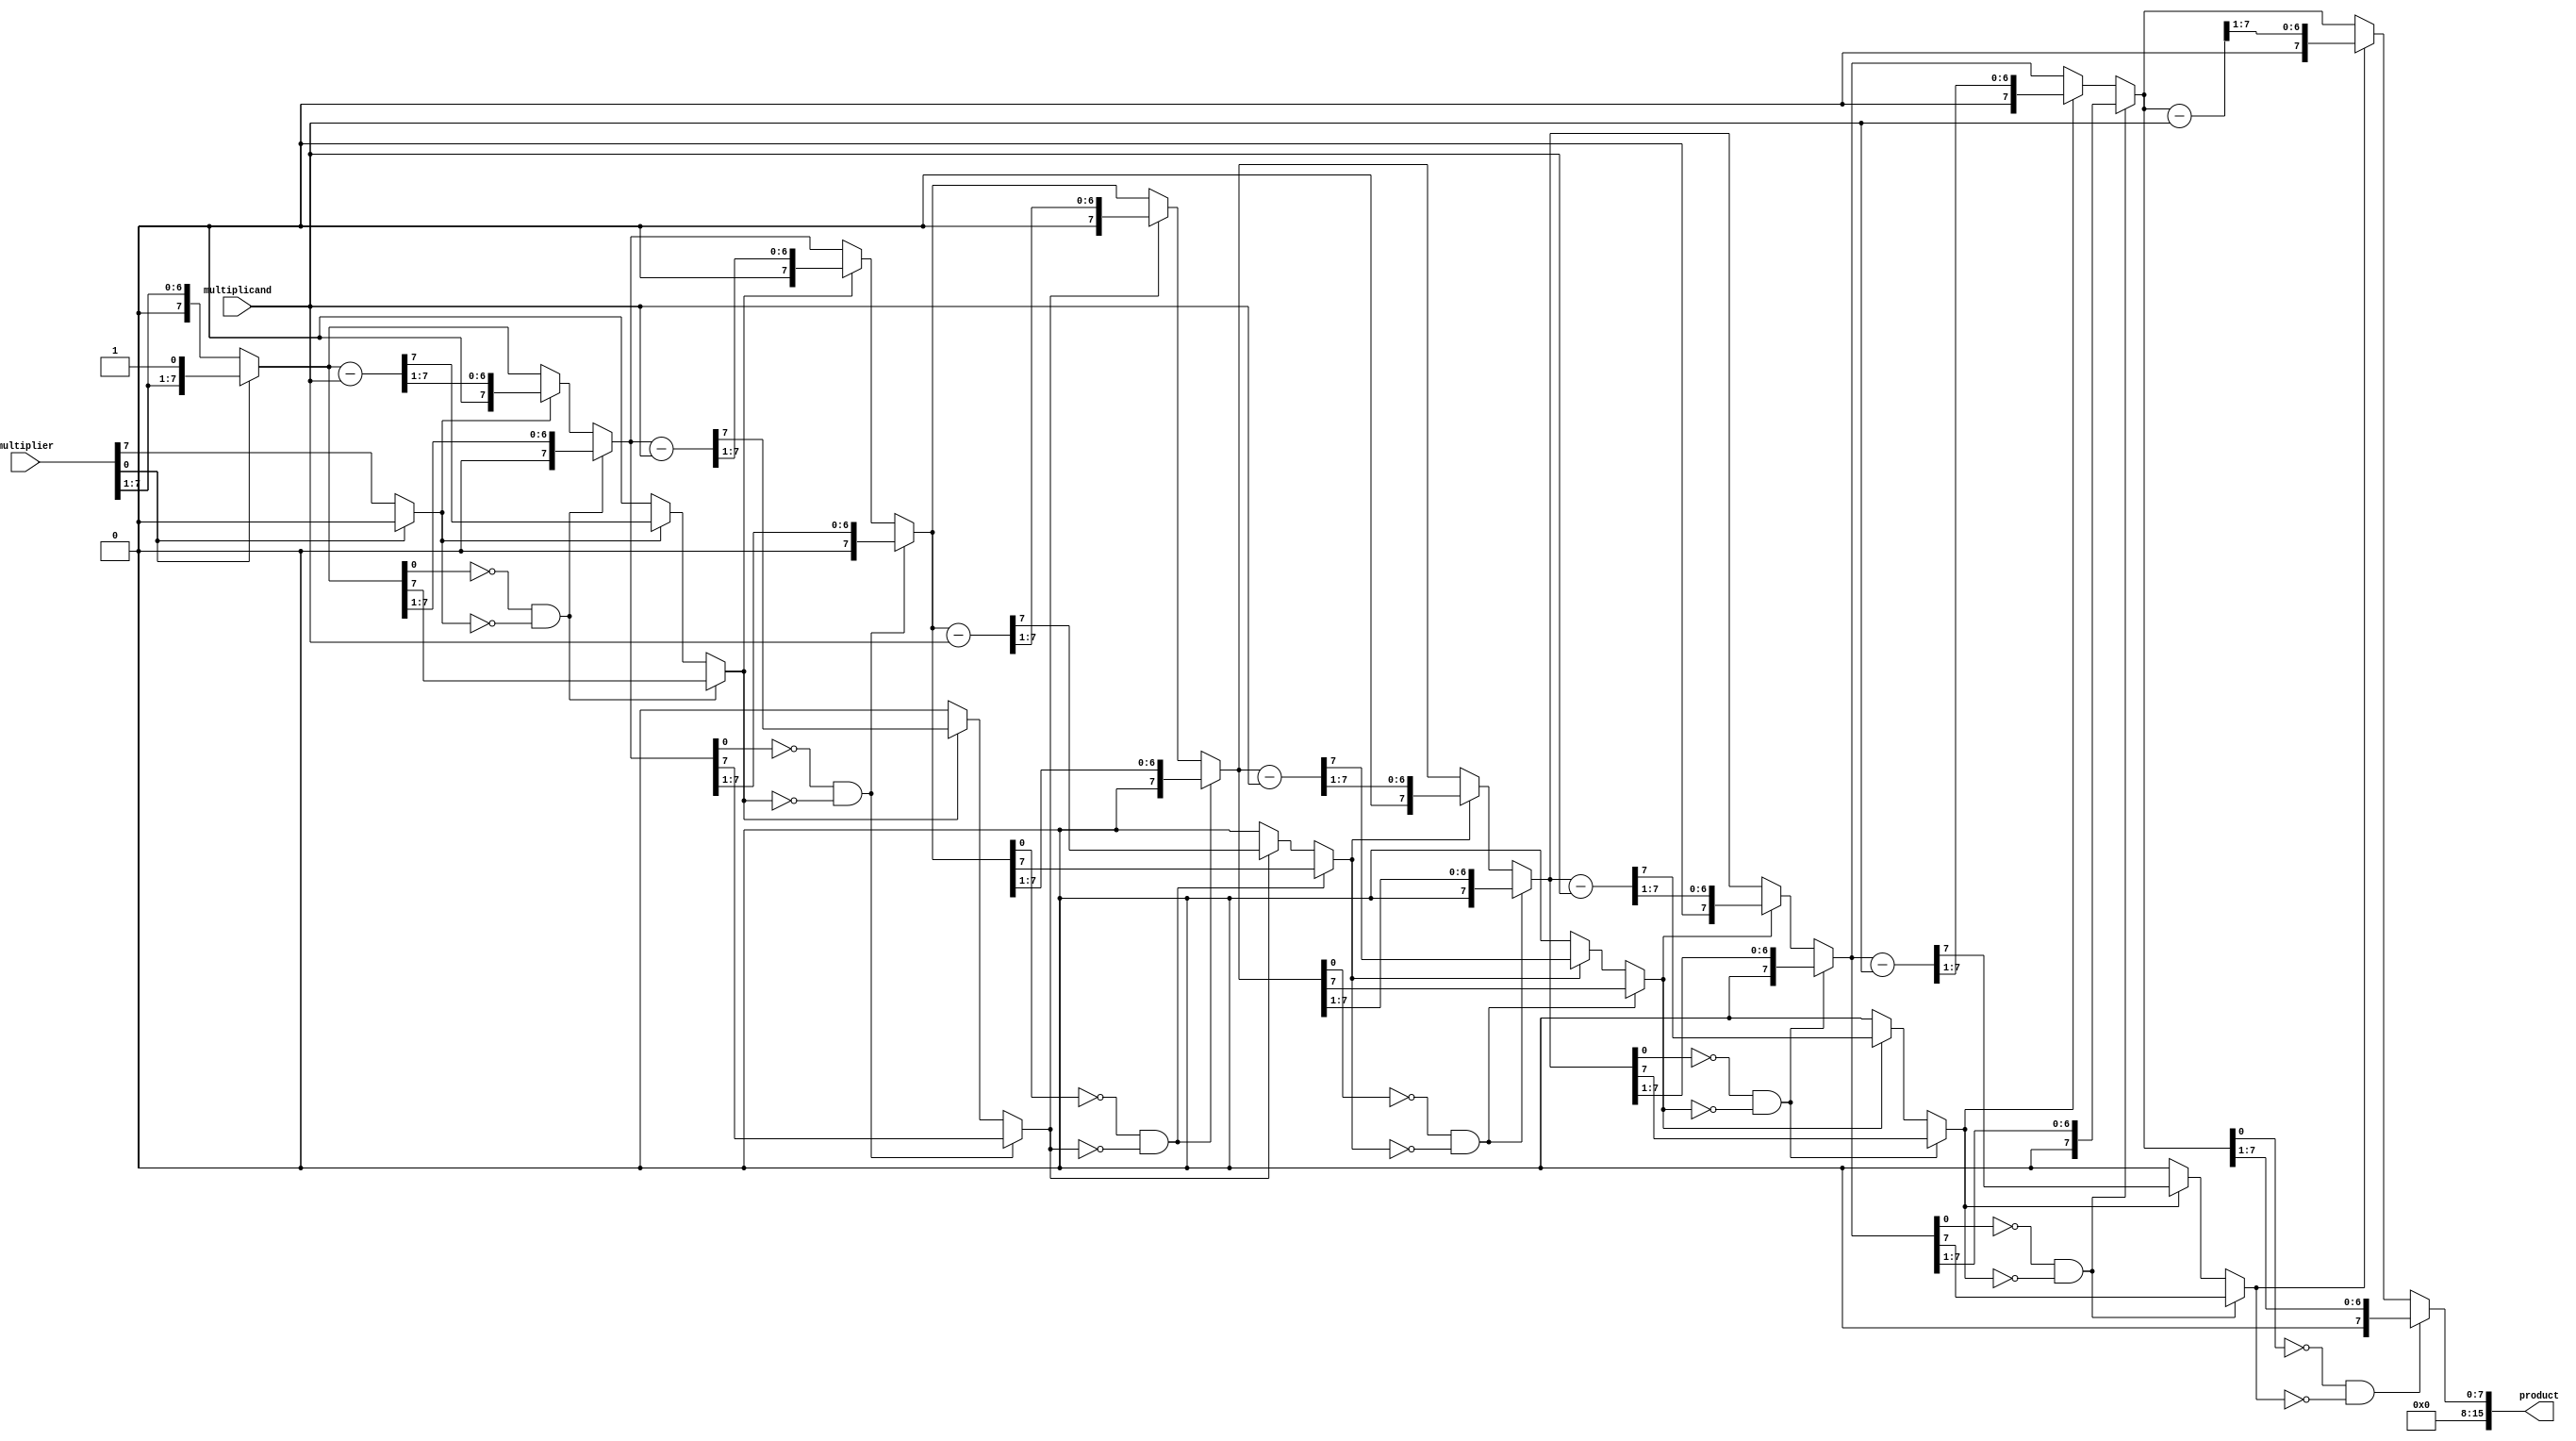
module booth_multiplier (
    input [7:0] multiplicand,
    input [7:0] multiplier,
    output reg [15:0] product
);

reg [7:0] a;
reg [7:0] m;
reg [3:0] count;
reg booth_encoder;
reg [7:0] product_reg;

always @(multiplicand, multiplier)
begin
    a = multiplicand;
    m = multiplier;
    count = 0;
    booth_encoder = 0;
    
    product_reg = 8'b0;
    
    repeat (8) begin
        if (m[0] == 0 && booth_encoder == 0)
        begin
            // Shift right
            m = m >> 1;
            booth_encoder = m[7:6];
        end
        else if (m[0] == 1 && booth_encoder == 3)
        begin
            // Shift left
            m = m << 1;
            booth_encoder = m[7:6];
        end
        else if (booth_encoder == 2)
        begin
            // Subtract A
            m = m + a;
            
            // Shift right
            m = m >> 1;
            booth_encoder = m[7:6];
        end
        else if (booth_encoder == 1)
        begin
            // Add A
            m = m - a;
            
            // Shift right
            m = m >> 1;
            booth_encoder = m[7:6];
        end
        count = count + 1;
    end
    
    product_reg = m;
    
    // Output the final product
    product = product_reg;
end

endmodule